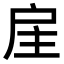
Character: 𢨸